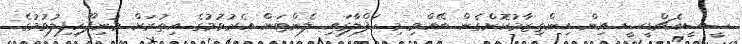
ސީސީއެޗްޑީސީ އިން އިންތިޒާމުކޮށްގެން ބޭއްވި މި ހަފްލާގައި ލެންޓަން އެރުވުމުގެ އިތުރަށް މުނިފޫހިފިލުވުމުގެ